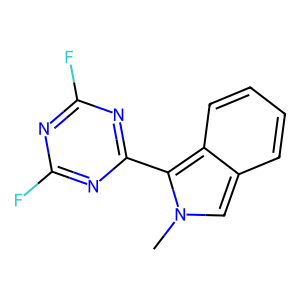
SMILES: Cn1cc2ccccc2c1-c1nc(F)nc(F)n1
Inhibits HIV replication: No